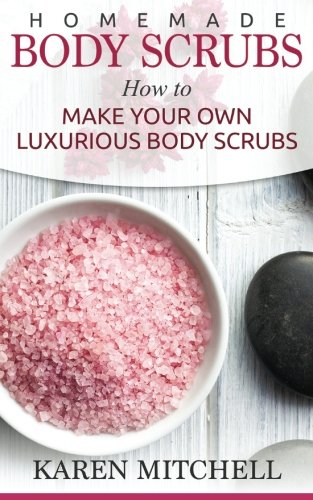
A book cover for Homemade Body Scrubs: 30 Organic Body Scrub Recipes For Gorgeous Skin; Karen Mitchell; Crafts, Hobbies & Home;